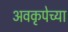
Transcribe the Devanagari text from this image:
अवकृपेच्या